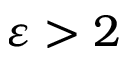
\varepsilon > 2